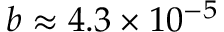
b \approx 4 . 3 \times 1 0 ^ { - 5 }